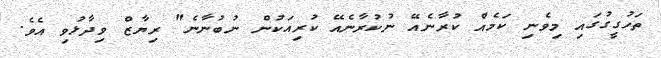
ތަހުގީގުގައި މިވެނި ކަމެއް ކުރާނެއޭ ނުކުރާނެއޭ ކުރިއަކުން ނުބުނާނެ" ރިޔާޒް ވިދާޅުވި އެވެ.